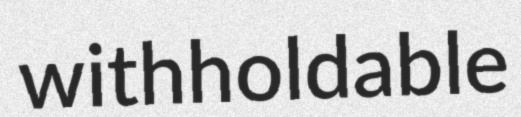
withholdable